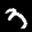
Label: 3